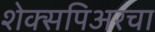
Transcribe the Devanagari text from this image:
शेक्सपिअरचा